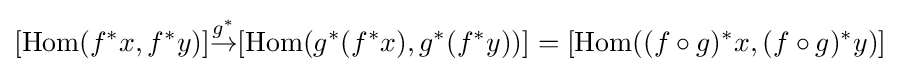
[\operatorname {Hom} (f^{*}x,f^{*}y)]{\overset {g^{*}}{\to }}[\operatorname {Hom} (g^{*}(f^{*}x),g^{*}(f^{*}y))]=[\operatorname {Hom} ((f\circ g)^{*}x,(f\circ g)^{*}y)]